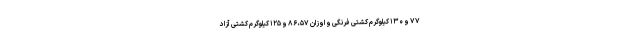
۷۷ و ۱۳۰ کیلوگرم کشتی فرنگی و اوزان ۵۷، ۸۶ و ۱۲۵ کیلوگرم کشتی آزاد